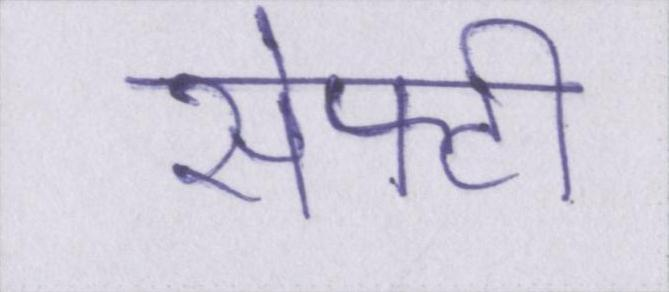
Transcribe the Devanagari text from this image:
सेफ्टी